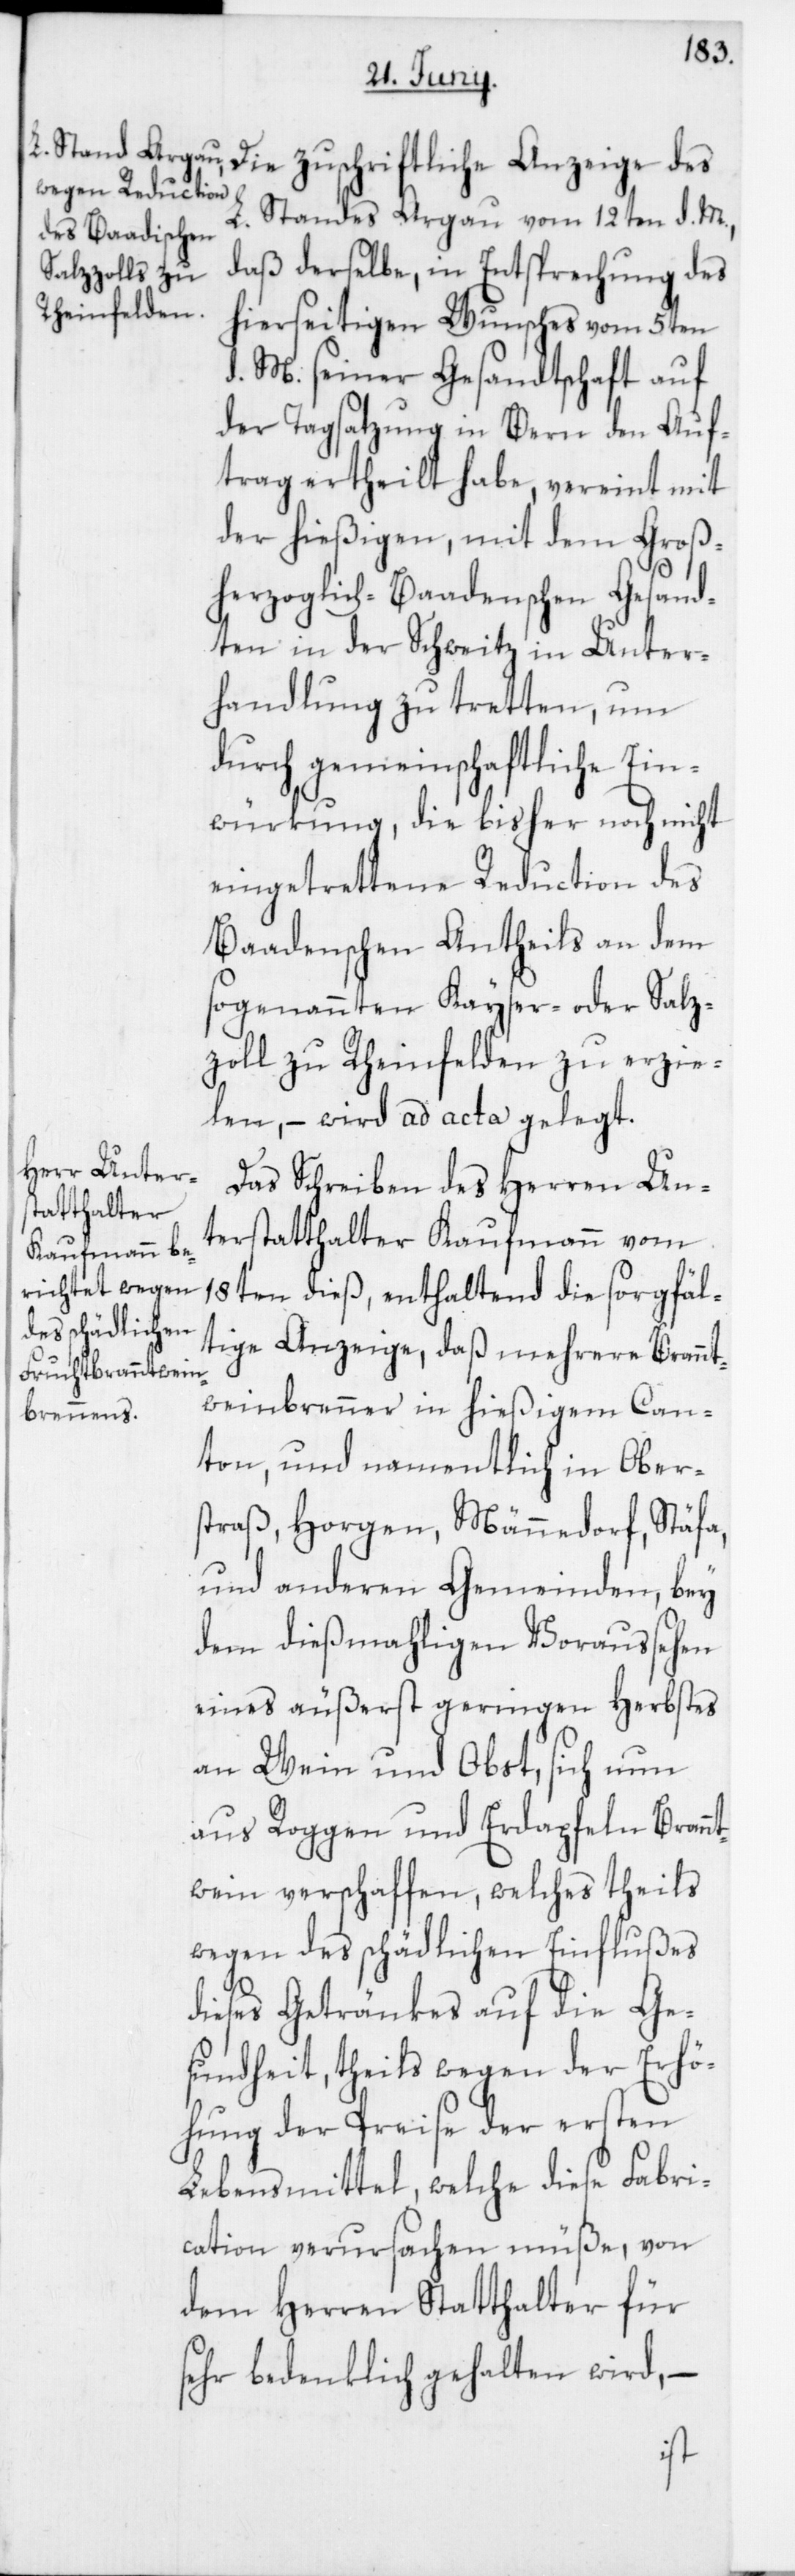
L. Standes Argau vom 12ten d. M.,
daß derselbe in Entsprechung des
hierseitigen Wunsches vom 5ten
d. M. seiner Gesandtschaft auf
der Tagsatzung in Bern den Auf¬
trag ertheilt habe, vereint mit
der hießigen, mit dem Groß¬
herzoglich-Baadenschen Gesand¬
ten in der Schweitz in Unter¬
handlung zu tretten, um
durch gemeinschaftliche Ein¬
würkung, die bisher noch nicht
eingetrettene Reduction des
Baadenschen Antheils an dem
sogenannten Kayser- oder Salz¬
zoll zu Rheinfelden zu erzie¬
len, – wird ad acta gelegt.
Das Schreiben des Herren Un¬
terstatthalter Kaufmann vom
18ten dieß, enthaltend die sorgfäl¬
tige Anzeige, daß mehrere Brannt¬
weinbrenner in hießigem Can¬
ton, und namentlich in Ober¬
straß, Horgen, Männedorf, Stäfa,
und anderen Gemeinden, bey
dem dießmahligen Voraussehen
eines äußerst geringen Herbstes
an Wein und Obst, sich nun
aus Roggen und Erdapfeln Brannt¬
wein verschaffen, welches theils
wegen des schädlichen Einflußes
dieses Getränkes auf die Ge¬
sundheit, theils wegen der Erhö¬
hung der Preise der ersten
Lebensmittel, welche diese Fabri¬
cation verursachen müße, von
dem Herren Statthalter für
sehr bedenklich gehalten wird, –